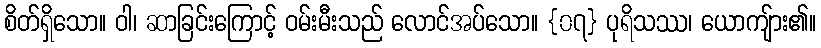
စိတ်ရှိသော။ ဝါ၊ ဆာခြင်းကြောင့် ဝမ်းမီးသည် လောင်အပ်သော။ {၀၇} ပုရိသဿ၊ ယောကျ်ား၏။